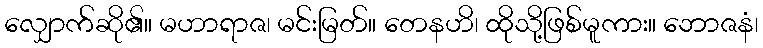
လျှောက်ဆို၏။ မဟာရာဇ၊ မင်းမြတ်။ တေနဟိ၊ ထိုသို့ဖြစ်မူကား။ ဘောဇနံ၊